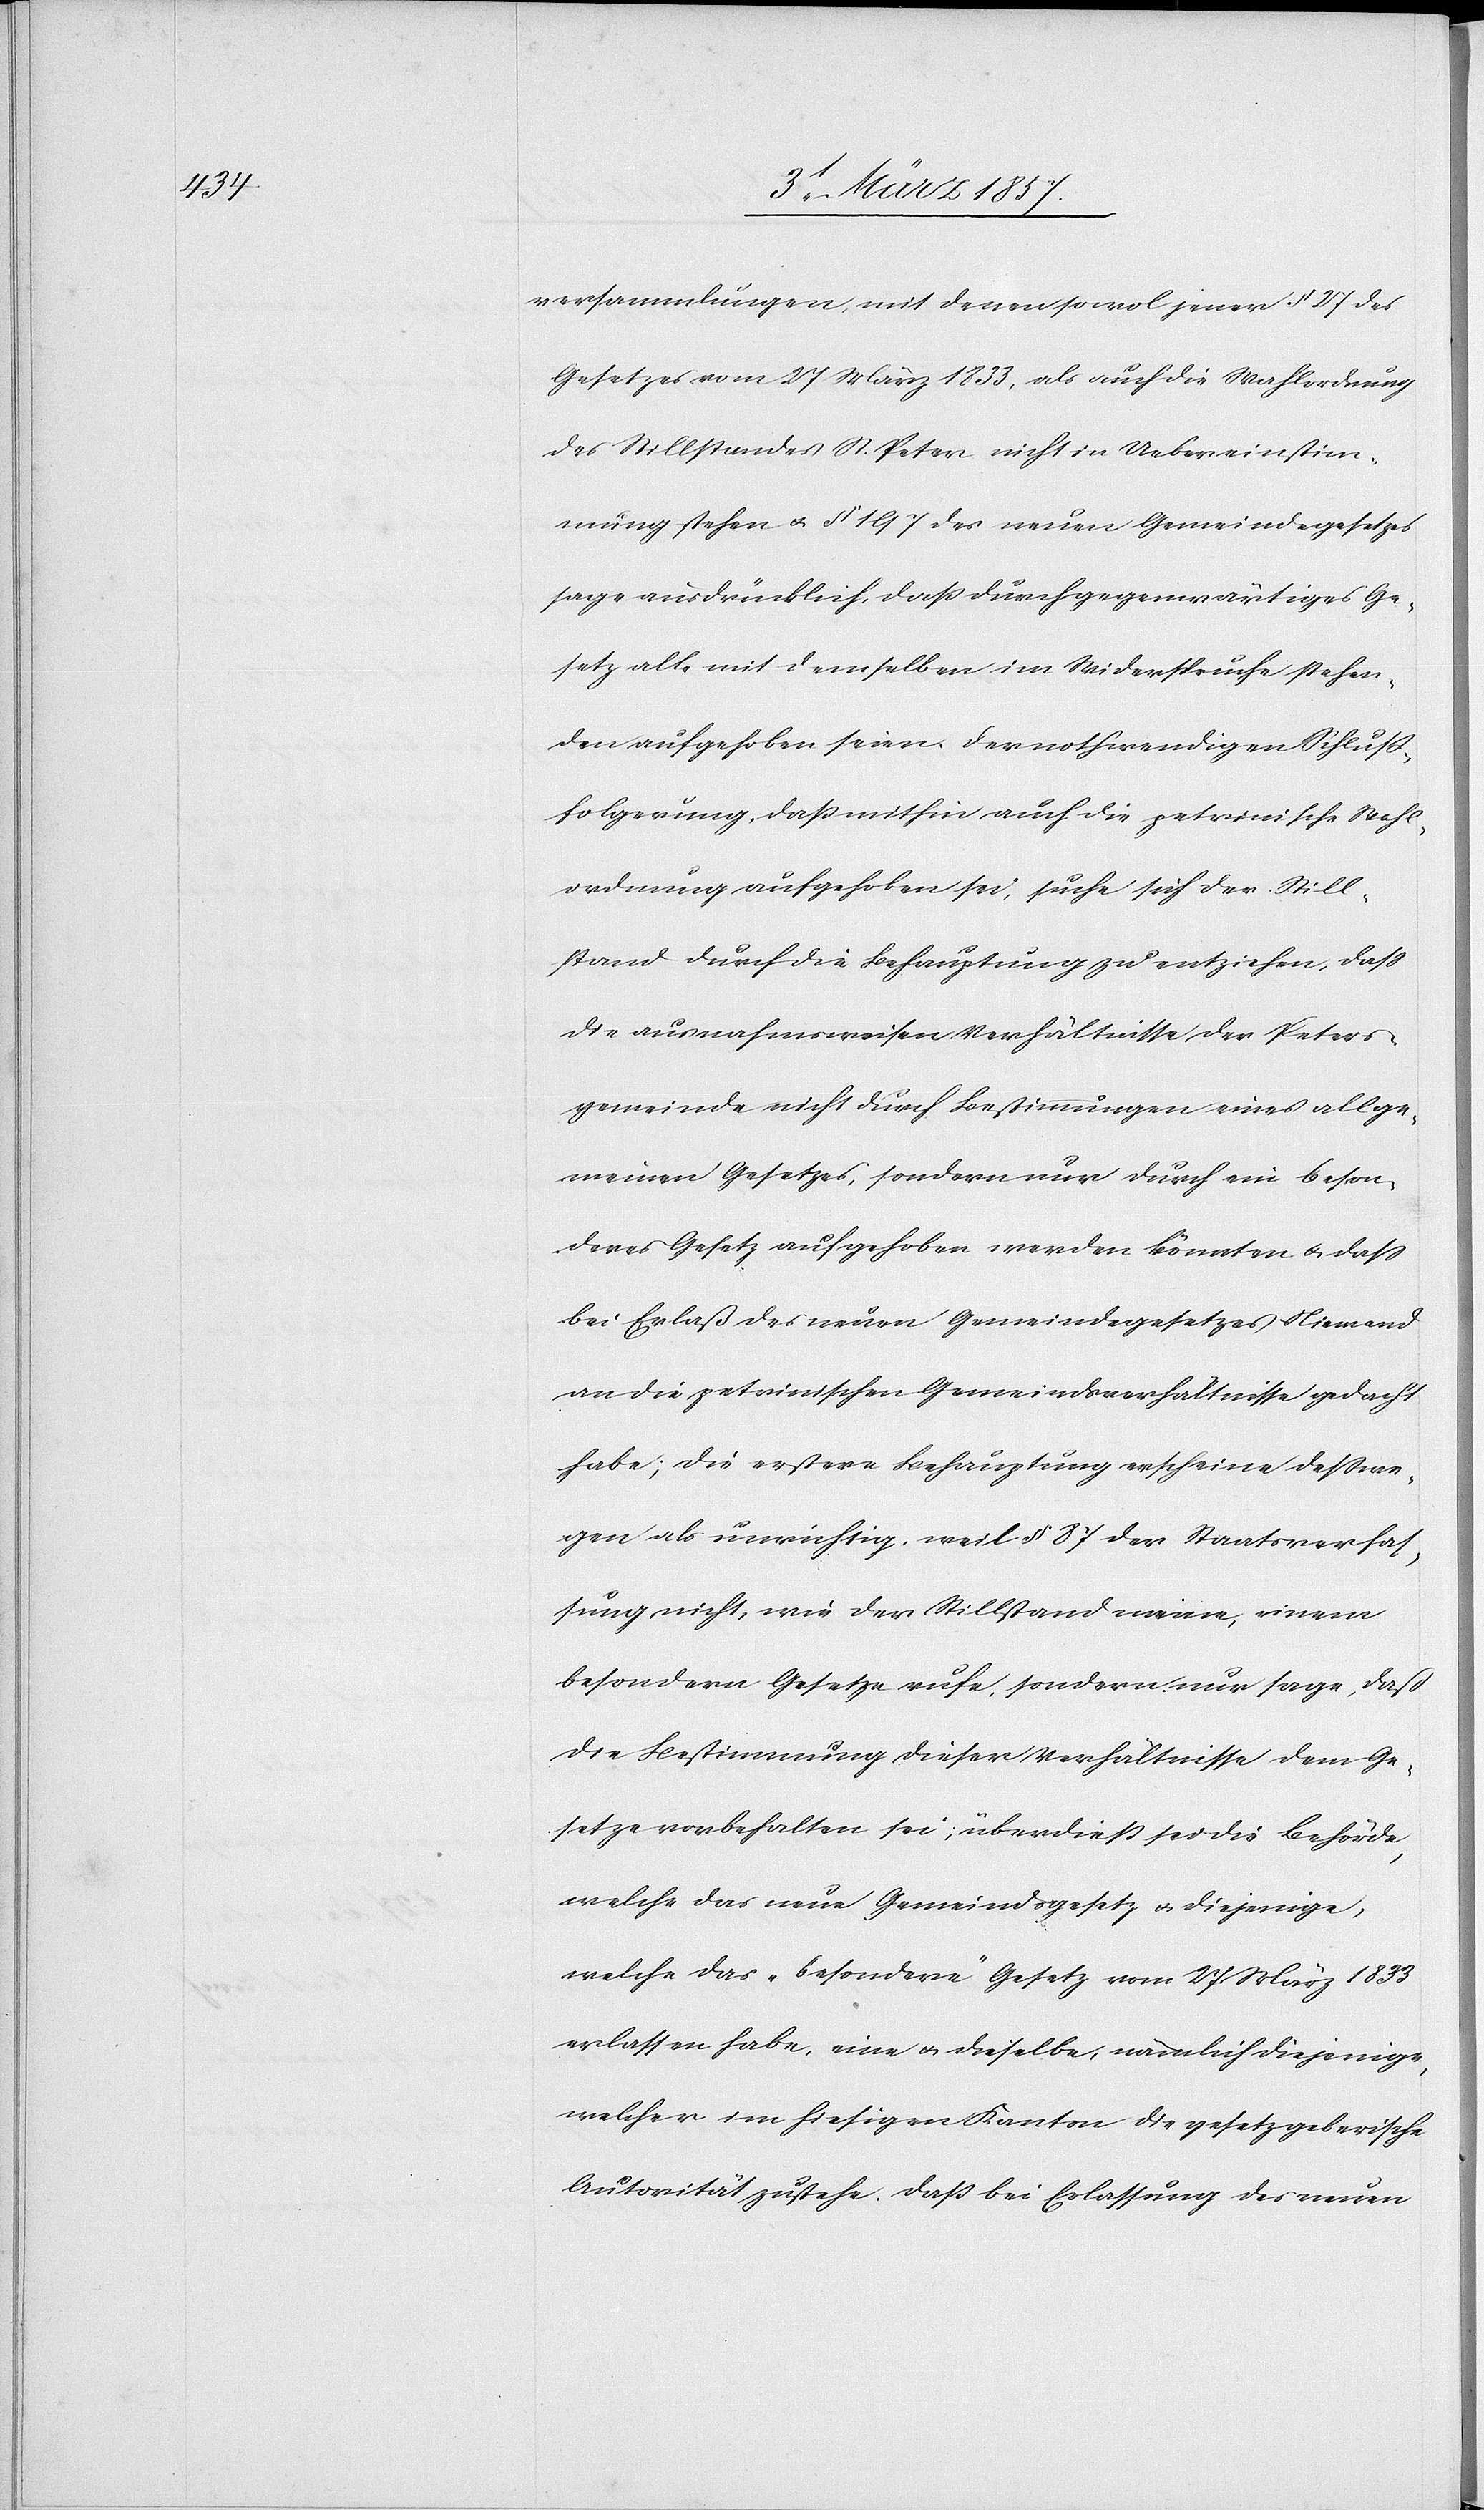
versammlungen, mit denen sowol jener § 27 des
Gesetzes vom 27 März 1833, als auch die Wahlordnung
des Stillstandes St. Peter nicht in Uebereinstim¬
mung stehen u. § 197 des neuen Gemeindegesetzes
sage ausdrücklich, daß durch gegenwärtiges Ge¬
setz alle mit demselben im Widerspruche stehen¬
den aufgehoben seien. Der nothwendigen Schluß¬
folgerung, daß mithin auch die petrinische Wahl¬
ordnung aufgehoben sei, suche sich der Still¬
stand durch die Behauptung zu entziehen, daß
die ausnahmsweisen Verhältnisse der Peters¬
gemeinde nicht durch Bestimmungen eines allge¬
meinen Gesetzes, sondern nur durch ein beson¬
deres Gesetz aufgehoben werden könnten u. daß
bei Erlaß des neuen Gemeindegesetzes Niemand
an die petrinischen Gemeindsverhältnisse gedacht
habe; die erstere Behauptung erscheine desswe¬
gen als unrichtig, weil § 87 der Staatsverfas¬
sung nicht, wie der Stillstand meine, einem
besondern Gesetze rufe, sondern nur sage, daß
die Bestimmung dieser Verhältnisse dem Ge¬
setze vorbehalten sei; überdieß sei die Behörde,
welche das neue Gemeindsgesetz u. diejenige,
welche das „besondere“ Gesetz vom 27 März 1833
erlassen habe, eine u. dieselbe, nämlich diejenige,
welcher im hiesigen Kanton die gesetzgeberische
Autorität zustehe. Daß bei Erlassung des neuen